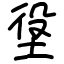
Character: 垼